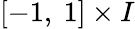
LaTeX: [-1,\ 1]\times I